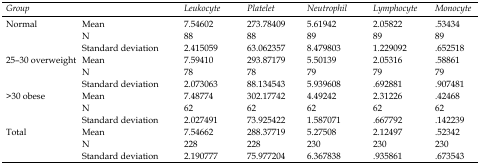
<table><thead><tr><td colspan="2"><b>Group</b></td><td><b>Leukocyte</b></td><td><b>Platelet</b></td><td><b>Neutrophil</b></td><td><b>Lymphocyte</b></td><td><b>Monocyte</b></td></tr></thead><tbody><tr><td rowspan="3">Normal</td><td>Mean</td><td>7.54602</td><td>273.78409</td><td>5.61942</td><td>2.05822</td><td>.53434</td></tr><tr><td>N</td><td>88</td><td>88</td><td>89</td><td>89</td><td>89</td></tr><tr><td>Standard deviation</td><td>2.415059</td><td>63.062357</td><td>8.479803</td><td>1.229092</td><td>.652518</td></tr><tr><td rowspan="3">25–30 overweight</td><td>Mean</td><td>7.59410</td><td>293.87179</td><td>5.50139</td><td>2.05316</td><td>.58861</td></tr><tr><td>N</td><td>78</td><td>78</td><td>79</td><td>79</td><td>79</td></tr><tr><td>Standard deviation</td><td>2.073063</td><td>88.134543</td><td>5.939608</td><td>.692881</td><td>.907481</td></tr><tr><td rowspan="3">&gt;30 obese</td><td>Mean</td><td>7.48774</td><td>302.17742</td><td>4.49242</td><td>2.31226</td><td>.42468</td></tr><tr><td>N</td><td>62</td><td>62</td><td>62</td><td>62</td><td>62</td></tr><tr><td>Standard deviation</td><td>2.027491</td><td>73.925422</td><td>1.587071</td><td>.667792</td><td>.142239</td></tr><tr><td rowspan="3">Total</td><td>Mean</td><td>7.54662</td><td>288.37719</td><td>5.27508</td><td>2.12497</td><td>.52342</td></tr><tr><td>N</td><td>228</td><td>228</td><td>230</td><td>230</td><td>230</td></tr><tr><td>Standard deviation</td><td>2.190777</td><td>75.977204</td><td>6.367838</td><td>.935861</td><td>.673543</td></tr></tbody></table>